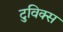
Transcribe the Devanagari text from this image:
टुविक्स